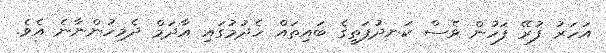
އަހަރު ފުރޭ ފަހުން ވެސް ކަނދުފަތީގެ ބައިތައް ހެދުމުގައި އާދަމް ދެމިހުންނާނެ އެވެ.